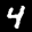
Label: 4